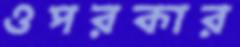
ওপরকার